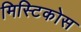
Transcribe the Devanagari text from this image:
मिस्टिकोस